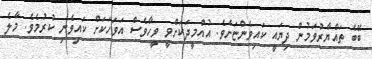
ބޭބެ ތައްޔާރުވަމުން ދިޔައީ ކައިވެންޏަށެވެ. އުއްމީދަކަށްވީ ވީހާވެސް އަވަހަކަށް ކައިވެނި ކުރުމެވެ. މާލެ